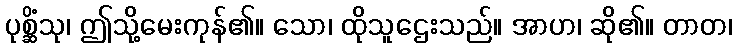
ပုစ္ဆိံသု၊ ဤသို့မေးကုန်၏။ သော၊ ထိုသူဌေးသည်။ အာဟ၊ ဆို၏။ တာတ၊